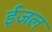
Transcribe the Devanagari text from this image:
ईजल